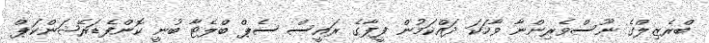
ބްރެޒިލްގެ ނޫސްވެރިންނާ ވާހަކަ ދައްކަމުން ފީފާގެ ރައީސް ސެޕް ބްލެޓާ ބުނީ ކޮންފެޑަރޭޝަންކަޕް